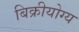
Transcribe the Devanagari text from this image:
बिक्रीयोग्य